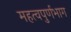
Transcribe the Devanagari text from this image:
महत्वपुर्णभाग